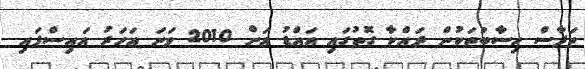
ތަފާސް ހިސާބުތަކުން ދައްކާ ގޮތުގައި އައްޑު އަށް 2010 ވަނަ އަހަރު އައިސްފައި